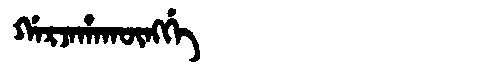
Manchu: ᡤᠠᡵᠵᠠᡥᠠᡴᡡᠩᡤᡝ
Romanization: GARJAHAKŪNGGE